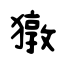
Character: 獤